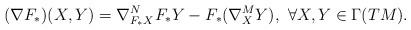
LaTeX: \begin{align*}(\nabla F_\ast) (X,Y) = {\nabla}_{F_\ast X}^N F_\ast Y - F_\ast({\nabla}_X^M Y),~\forall X,Y \in \Gamma(TM).\end{align*}